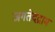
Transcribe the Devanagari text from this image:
जगतेदद्राम